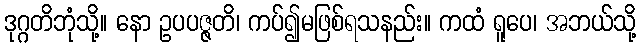
ဒုဂ္ဂတိဘုံသို့။ နော ဥပပဇ္ဇတိ၊ ကပ်၍မဖြစ်ရသနည်း။ ကထံ ရူပေ၊ အဘယ်သို့